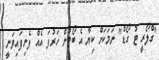
"ގްލޯރީ ޓު ގޯޑް" ނަމަކަށް ކިޔާ އެ ބޯޓުން ހަރުފަ އެއް ފެނިފައިވަނީ